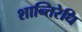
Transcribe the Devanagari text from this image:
शान्तिरेधि